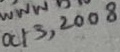
Text: Oct 3, 2008